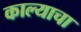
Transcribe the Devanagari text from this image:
काल्याचा